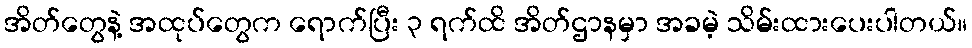
အိတ်တွေနဲ့ အထုပ်တွေက ရောက်ပြီး ၃ ရက်ထိ အိတ်ဌာနမှာ အခမဲ့ သိမ်းထားပေးပါတယ်။